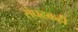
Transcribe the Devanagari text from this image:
संघटकही